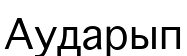
Аударып